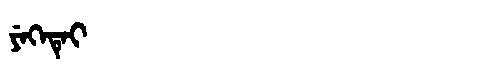
Manchu: ᠶᡝᡴᡝᡨᡝᡳ
Romanization: YEKETEI